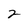
Character: 2